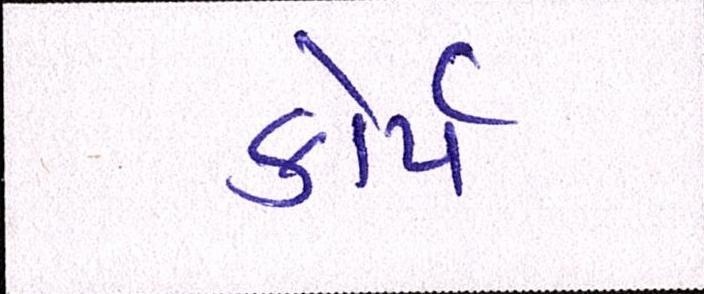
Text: કોર્પ